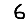
Digit: 6